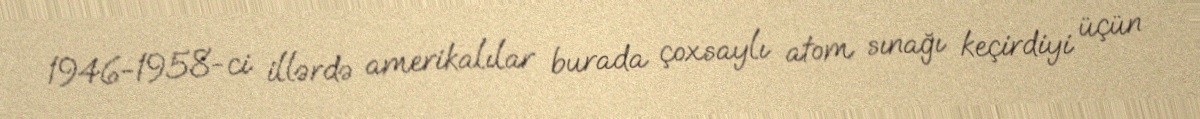
1946-1958-ci illərdə amerikalılar burada çoxsaylı atom sınağı keçirdiyi üçün